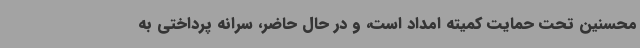
محسنین تحت حمایت کمیته امداد است، و در حال حاضر، سرانه پرداختی به